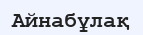
Айнабұлақ